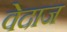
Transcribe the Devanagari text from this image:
वेदाज